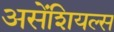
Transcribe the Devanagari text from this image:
असेंशियल्स